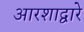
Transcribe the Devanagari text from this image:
आरशाद्वारे